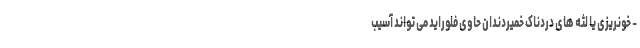
- خونریزی یا لثه های دردناک خمیردندان حاوی فلوراید می تواند آسیب